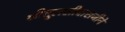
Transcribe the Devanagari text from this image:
श्रीतुलसीदासजीने